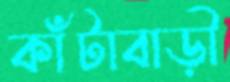
কাঁটাবাড়ী